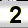
Digit: 2